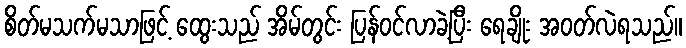
စိတ်မသက်မသာဖြင့် ထွေးသည် အိမ်တွင်း ပြန်ဝင်လာခဲ့ပြီး ရေချိုး အဝတ်လဲရသည်။